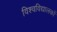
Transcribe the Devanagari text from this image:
विश्वविद्यालकों